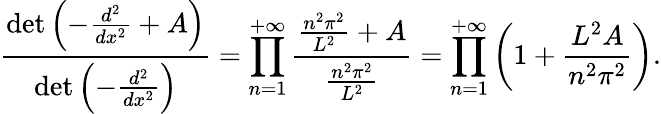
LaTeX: {\frac{\operatorname*{det}\left(-{\frac{d^{2}}{dx^{2}}}+A\right)}{\operatorname*{det}\left(-{\frac{d^{2}}{dx^{2}}}\right)}}=\prod_{n=1}^{+\infty}{\frac{{\frac{n^{2}\pi^{2}}{L^{2}}}+A}{\frac{n^{2}\pi^{2}}{L^{2}}}}=\prod_{n=1}^{+\infty}\left(1+{\frac{L^{2}A}{n^{2}\pi^{2}}}\right).